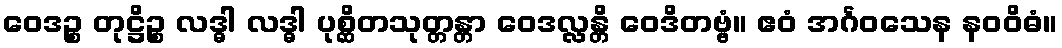
ဝေဒဉ္စ တုဋ္ဌိဉ္စ လဒ္ဓါ လဒ္ဓါ ပုစ္ဆိတသုတ္တန္တာ ဝေဒလ္လန္တိ ဝေဒိတဗ္ဗံ။ ဧဝံ အင်္ဂဝသေန နဝဝိဓံ။